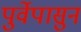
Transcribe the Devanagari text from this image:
पुर्वेपासुन